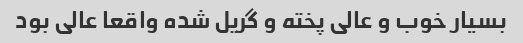
بسیار خوب و عالی پخته و گریل شده واقعا عالی بود